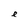
Character: e